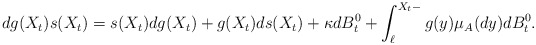
\begin{align*}dg(X_t)s(X_t)= s(X_t)dg(X_t)+ g(X_t)ds(X_t)+ \kappa dB^0_t+\int_{\ell}^{X_t-} g(y)\mu_A(dy) dB_t^0.\end{align*}